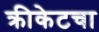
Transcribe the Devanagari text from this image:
क्रीकेटचा